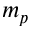
m _ { p }